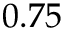
0 . 7 5